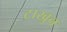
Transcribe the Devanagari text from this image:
टाखुन